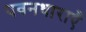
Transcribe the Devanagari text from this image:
पवनधाराएँ